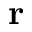
\mathbf { r }